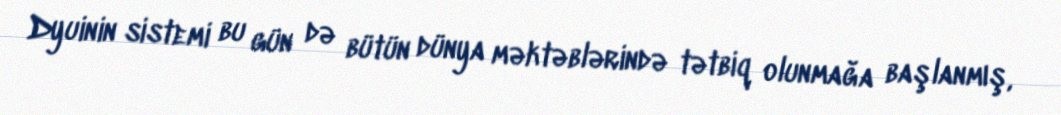
Dyuinin sistemi bu gün də bütün dünya məktəblərində tətbiq olunmağa başlanmış,